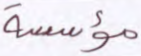
مؤسسة